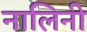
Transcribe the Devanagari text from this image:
नालिनी